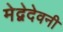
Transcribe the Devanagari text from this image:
मेद्वेदेवनी